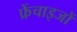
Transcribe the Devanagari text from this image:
फ्रेंचाइजों